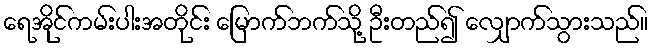
ရေအိုင်ကမ်းပါးအတိုင်း မြောက်ဘက်သို့ ဦးတည်၍ လျှောက်သွားသည်။